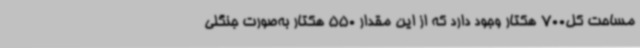
مساحت کل700 هکتار وجود دارد که از این مقدار 550 هکتار به‌صورت جنگلی